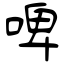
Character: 啤